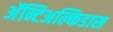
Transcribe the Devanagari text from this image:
अॅन्टिअल्किडास